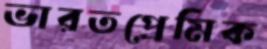
ভারতপ্রেমিক